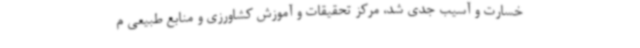
خسارت و آسیب جدی شد، مرکز تحقیقات و آموزش کشاورزی و منابع طبیعی م